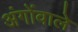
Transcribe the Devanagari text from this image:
अंगोंवाले